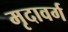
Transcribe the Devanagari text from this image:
मृदावर्ग